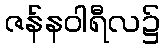
ဇန်နဝါရီလ၌